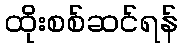
ထိုးစစ်ဆင်ရန်